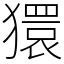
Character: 獧